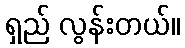
ရှည် လွန်းတယ်။